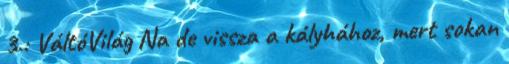
3.: VáltóVilág Na de vissza a kályhához, mert sokan